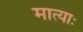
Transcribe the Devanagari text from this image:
मात्याः